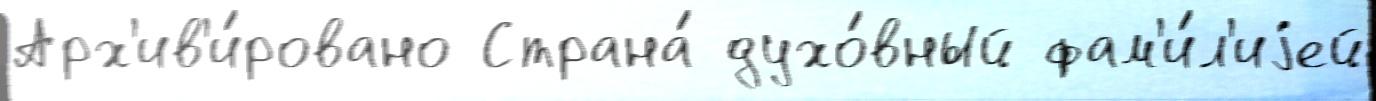
Арх'ив'и́ровано Страна́ духо́вный фам'и́л'иjей